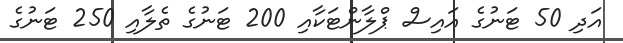
އަދި 50 ޓަނުގެ އައިސް ޕްލާންޓަކާއި 200 ޓަނުގެ ތެލާއި 250 ޓަނުގެ